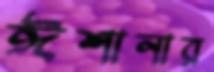
ঈশানার